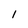
Character: l